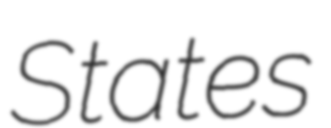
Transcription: States